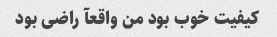
کیفیت خوب بود من واقعآ راضی بود